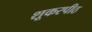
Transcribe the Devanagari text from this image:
शूकरपीठ